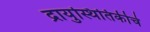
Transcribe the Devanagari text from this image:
द्रायुस्थितिकीचे